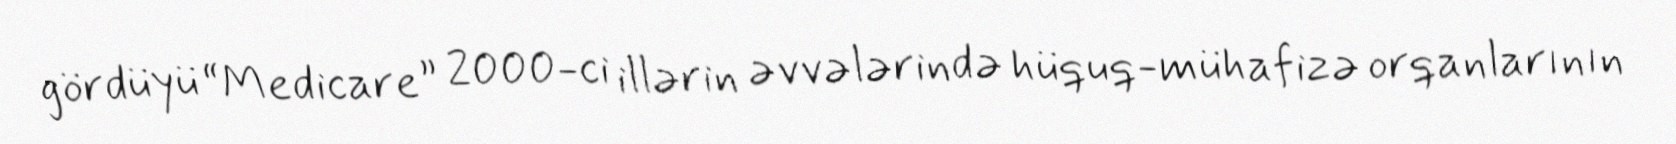
gördüyü “Medicare” 2000-ci illərin əvvələrində hüquq-mühafizə orqanlarının